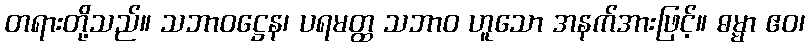
တရားတို့သည်။ သဘာဝဋ္ဌေန၊ ပရမတ္ထ သဘာဝ ဟူသော အနက်အားဖြင့်။ ဓမ္မာ ဧဝ၊